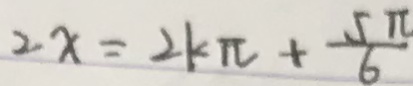
2 x = 2 k \pi + \frac { 5 \pi } { 6 }